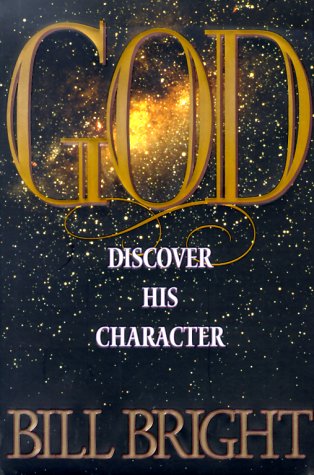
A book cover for God: Discover His Character; Bill Bright; Christian Books & Bibles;